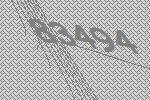
83494